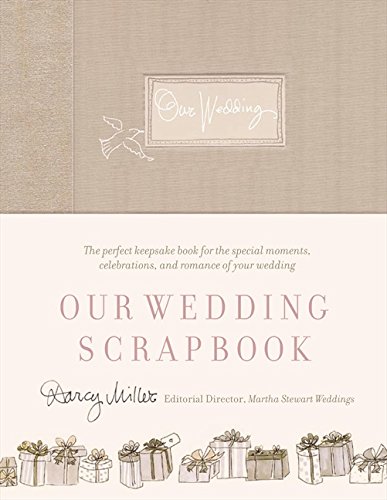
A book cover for Our Wedding Scrapbook; Darcy Miller; Crafts, Hobbies & Home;